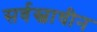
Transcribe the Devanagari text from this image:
सर्वस्वाधीन